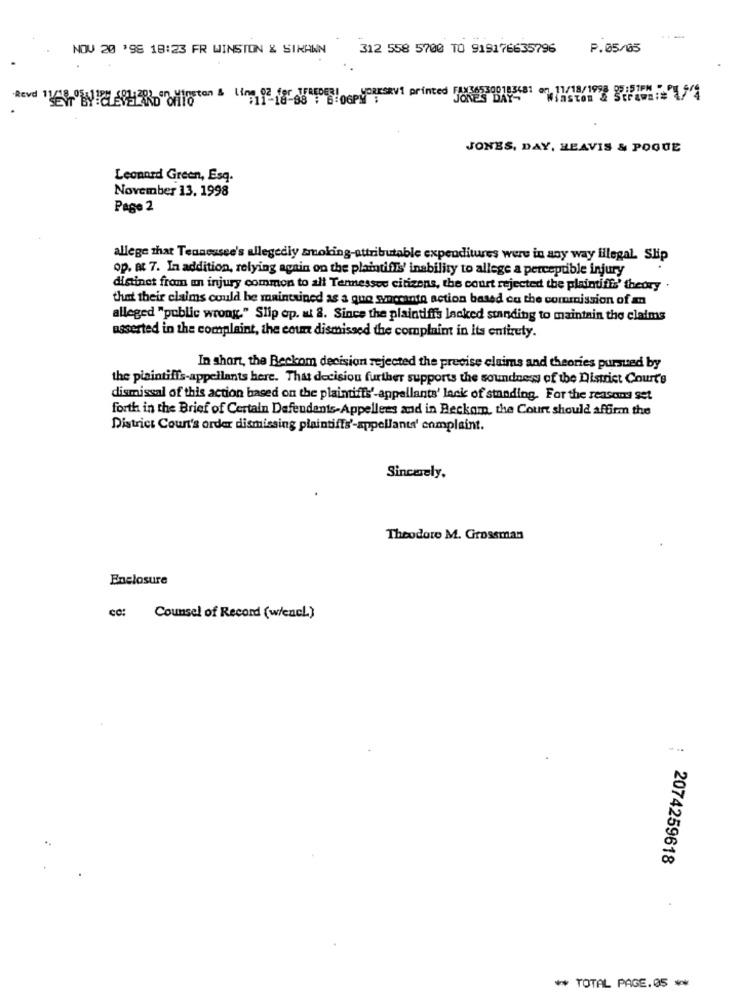
-
NOV 20 '98 18:23 FR WINSTON & SIKANN
312 558 5700 TO 919176635796
P.05/05
11/18/1998 05 :51PM -P54
JONES, DAY, HEAVIS & POQUE
Leonard Green, Esq.
November 13. 1998
Page 2
allege that Tennessee's allegedly smoking-attributable expenditures were in any way illegal. Slip
op. at 7. In addition, relying again on the plaintiffs' inability to allege a perceptible injury
distinct from an injury common to all Tennessee citizens, the court rejected the plaintiff:' theory .
that their claims could be maintained as a que sacrante action based cu the commission of an
alleged "public wrong." Slip op. at 8. Since the plaintiffs lacked standing to maintain the claims
asserted in the complaint, the coun dismissed the complaint in its entirety.
In short, the Beckam decision rejected the precise claims and theories pursued by
the plaintiffs-appellants here. That decision further supports the soundnews of the District Court's
dismissal of this action based on the plaintiffs'-appellants' lack of standing. For the reasons set
forth in the Brief of Certain Defendants-Appellees and in Beckam, the Court should affirm the
District Court's order dismissing plaintiffs'-appellants' complaint.
Sincerely.
Theodore M. Grossman
Enclosure
cc: Counsel of Record (w/encl)
2074259618
** TOTAL PAGE.05 **